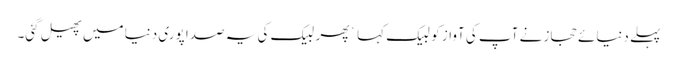
پہلے دنیائے حجاز نے آپ کی آواز کو لبیک کہا ` پھر لبیک کی یہ صدا پوری دنیا میں پھیل گئی۔